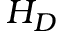
H _ { D }